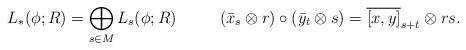
\begin{align*}L_*(\phi;R) & = \bigoplus_{s\in M} L_s(\phi;R)& (\bar{x}_s\otimes r)\circ (\bar{y}_t\otimes s) & = \overline{[x,y]}_{s+t}\otimes rs.\end{align*}